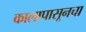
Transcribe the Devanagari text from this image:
कालापासूनचा